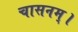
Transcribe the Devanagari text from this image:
चासनम्‌।